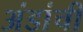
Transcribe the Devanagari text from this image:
अंडांची